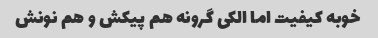
خوبه کیفیت اما الکی گرونه هم پیکش و هم نونش